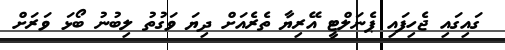
ގައިގައި ޖެހިފައި ޕެނަލްޓީ އޭރިޔާ ތެރެއަށް ދިޔަ ވަގުތު ލިބުނު ބޯޅަ ވަރަށް